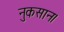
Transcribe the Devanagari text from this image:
नुकसान।